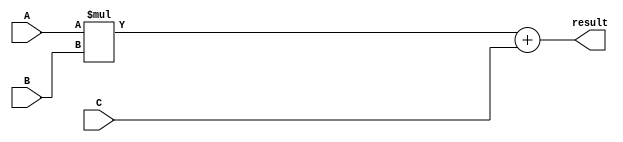
module fused_multiply_add_unit(
    input wire [31:0] A, // Input port for floating point number A
    input wire [31:0] B, // Input port for floating point number B
    input wire [31:0] C, // Input port for floating point number C
    output reg [31:0] result // Output port for the result of fused multiply-add operation
    );

    // Fused multiply-add operation
    always @(*) begin
        // Perform multiplication operation
        result = A * B; 
        // Perform addition operation
        result = result + C;
    end

endmodule